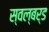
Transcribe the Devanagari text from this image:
स्वल्बर्ड